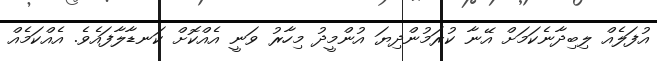
އުފަލެއް ލިބިދާނެކަމަށް އޭނާ ކުރަމުންދިޔަ އުންމީދު މިހާރު ވަނީ އެއްކޮށް ކަނޑާލާފައެވެ. އެއްކަމެއް